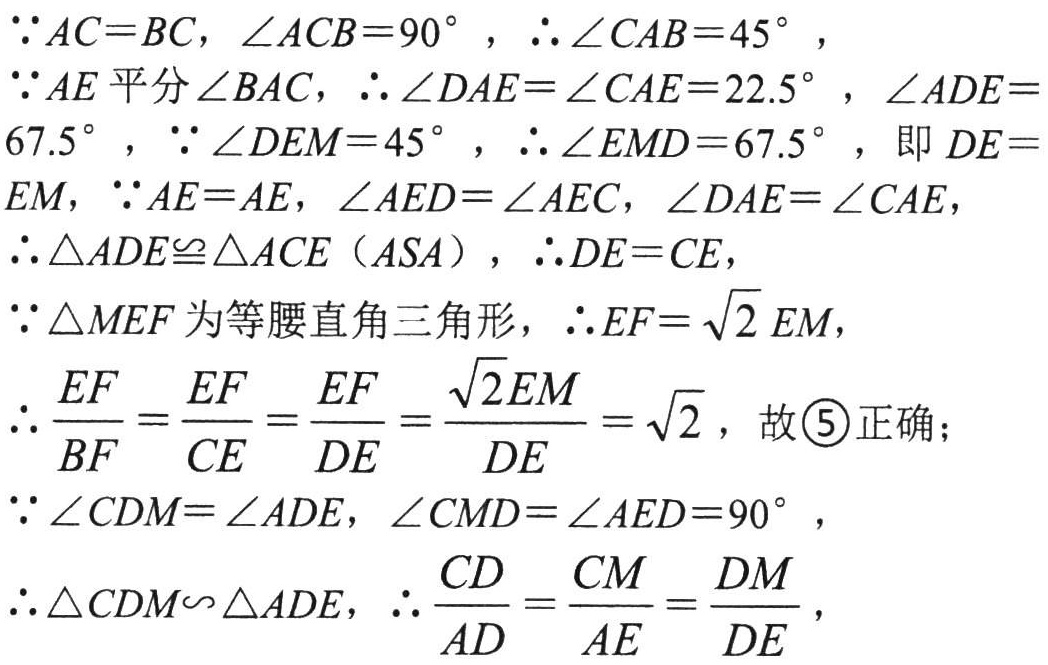
\(\because AC = BC,\angle ACB = 90^{\circ},\therefore\angle CAB = 45^{\circ},\)

\(\because AE\)平分\(\angle BAC,\therefore\angle DAE=\angle CAE = 22.5^{\circ},\angle ADE = 67.5^{\circ},\because\angle DEM = 45^{\circ},\therefore\angle EMD = 67.5^{\circ},\)即\(DE = EM,\because AE = AE,\angle AED=\angle AEC,\angle DAE=\angle CAE,\)

\(\therefore\triangle ADE\cong\triangle ACE(ASA),\therefore DE = CE,\)

\(\because\triangle MEF\)为等腰直角三角形,\(\therefore EF=\sqrt{2}EM,\)

\(\therefore\frac{EF}{BF}=\frac{EF}{CE}=\frac{EF}{DE}=\frac{\sqrt{2}EM}{DE}=\sqrt{2},\)故\textcircled{5}正确；

\(\because\angle CDM=\angle ADE,\angle CMD=\angle AED = 90^{\circ},\)

\(\therefore\triangle CDM\sim\triangle ADE,\therefore\frac{CD}{AD}=\frac{CM}{AE}=\frac{DM}{DE},\)